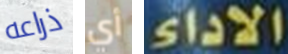
ذراعه أي الاداء